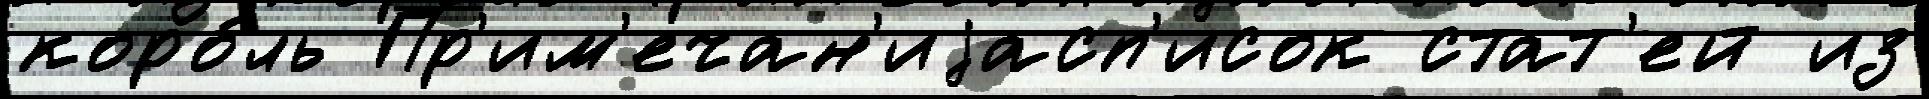
коро́ль Пр'им'ечан'иjасп'исок стат'ей из